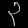
Digit: ၃